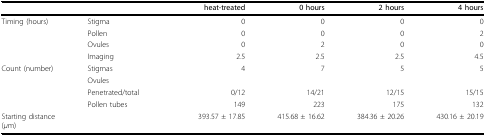
<table><thead><tr><td></td><td></td><td><b>heat-treated</b></td><td><b>0 hours</b></td><td><b>2 hours</b></td><td><b>4 hours</b></td></tr></thead><tbody><tr><td>Timing (hours)</td><td>Stigma</td><td>0</td><td>0</td><td>0</td><td>0</td></tr><tr><td></td><td>Pollen</td><td>0</td><td>0</td><td>0</td><td>2</td></tr><tr><td></td><td>Ovules</td><td>0</td><td>2</td><td>0</td><td>0</td></tr><tr><td></td><td>Imaging</td><td>2.5</td><td>2.5</td><td>2.5</td><td>4.5</td></tr><tr><td>Count (number)</td><td>Stigmas</td><td>4</td><td>7</td><td>5</td><td>5</td></tr><tr><td></td><td>Ovules</td><td></td><td></td><td></td><td></td></tr><tr><td></td><td>Penetrated/total</td><td>0/12</td><td>14/21</td><td>12/15</td><td>15/15</td></tr><tr><td></td><td>Pollen tubes</td><td>149</td><td>223</td><td>175</td><td>132</td></tr><tr><td>Starting distance(<i>μ</i>m)</td><td></td><td>393.57 ± 17.85</td><td>415.68 ± 16.62</td><td>384.36 ± 20.26</td><td>430.16 ± 20.19</td></tr></tbody></table>